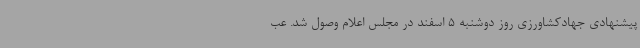
پیشنهادی جهادکشاورزی روز دوشنبه 5 اسفند در مجلس اعلام وصول شد. عب